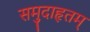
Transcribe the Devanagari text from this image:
समुदाहृतम्